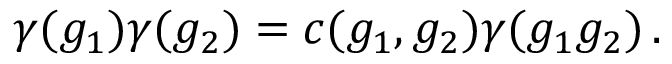
\gamma ( g _ { 1 } ) \gamma ( g _ { 2 } ) = c ( g _ { 1 } , g _ { 2 } ) \gamma ( g _ { 1 } g _ { 2 } ) \, .